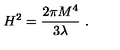
H ^ { 2 } = { \frac { 2 \pi M ^ { 4 } } { 3 \lambda } } \ .